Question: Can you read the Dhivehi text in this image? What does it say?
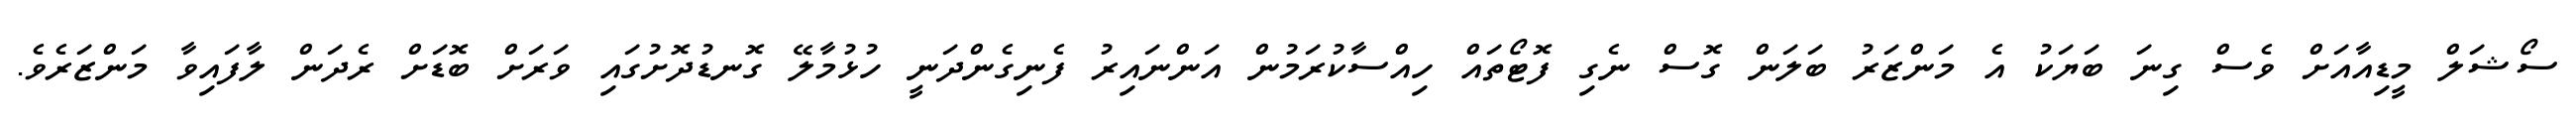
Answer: ސޯޝަލް މީޑިއާއަށް ވެސް ގިނަ ބަޔަކު އެ މަންޒަރު ބަލަން ގޮސް ނެގި ފޮޓޯތައް ހިއްސާކުރަމުން އަންނައިރު ފެނިގެންދަނީ ހުޅުމާލޭ ގޮނޑުދޮށުގައި ވަރަށް ބޮޑަށް ރެދަން ލާފައިވާ މަންޒަރެވެ.